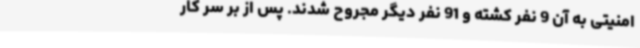
امنیتی به آن 9 نفر کشته و 91 نفر دیگر مجروح شدند. پس از بر سر کار